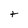
Character: t